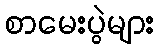
စာမေးပွဲများ